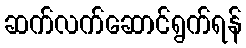
ဆက်လက်ဆောင်ရွက်ရန်